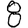
Digit: 8